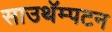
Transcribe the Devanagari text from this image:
साउथॅम्पटन